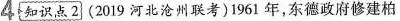
4 知识点2 (2019河北沧州联考)1961年，东德政府修建柏